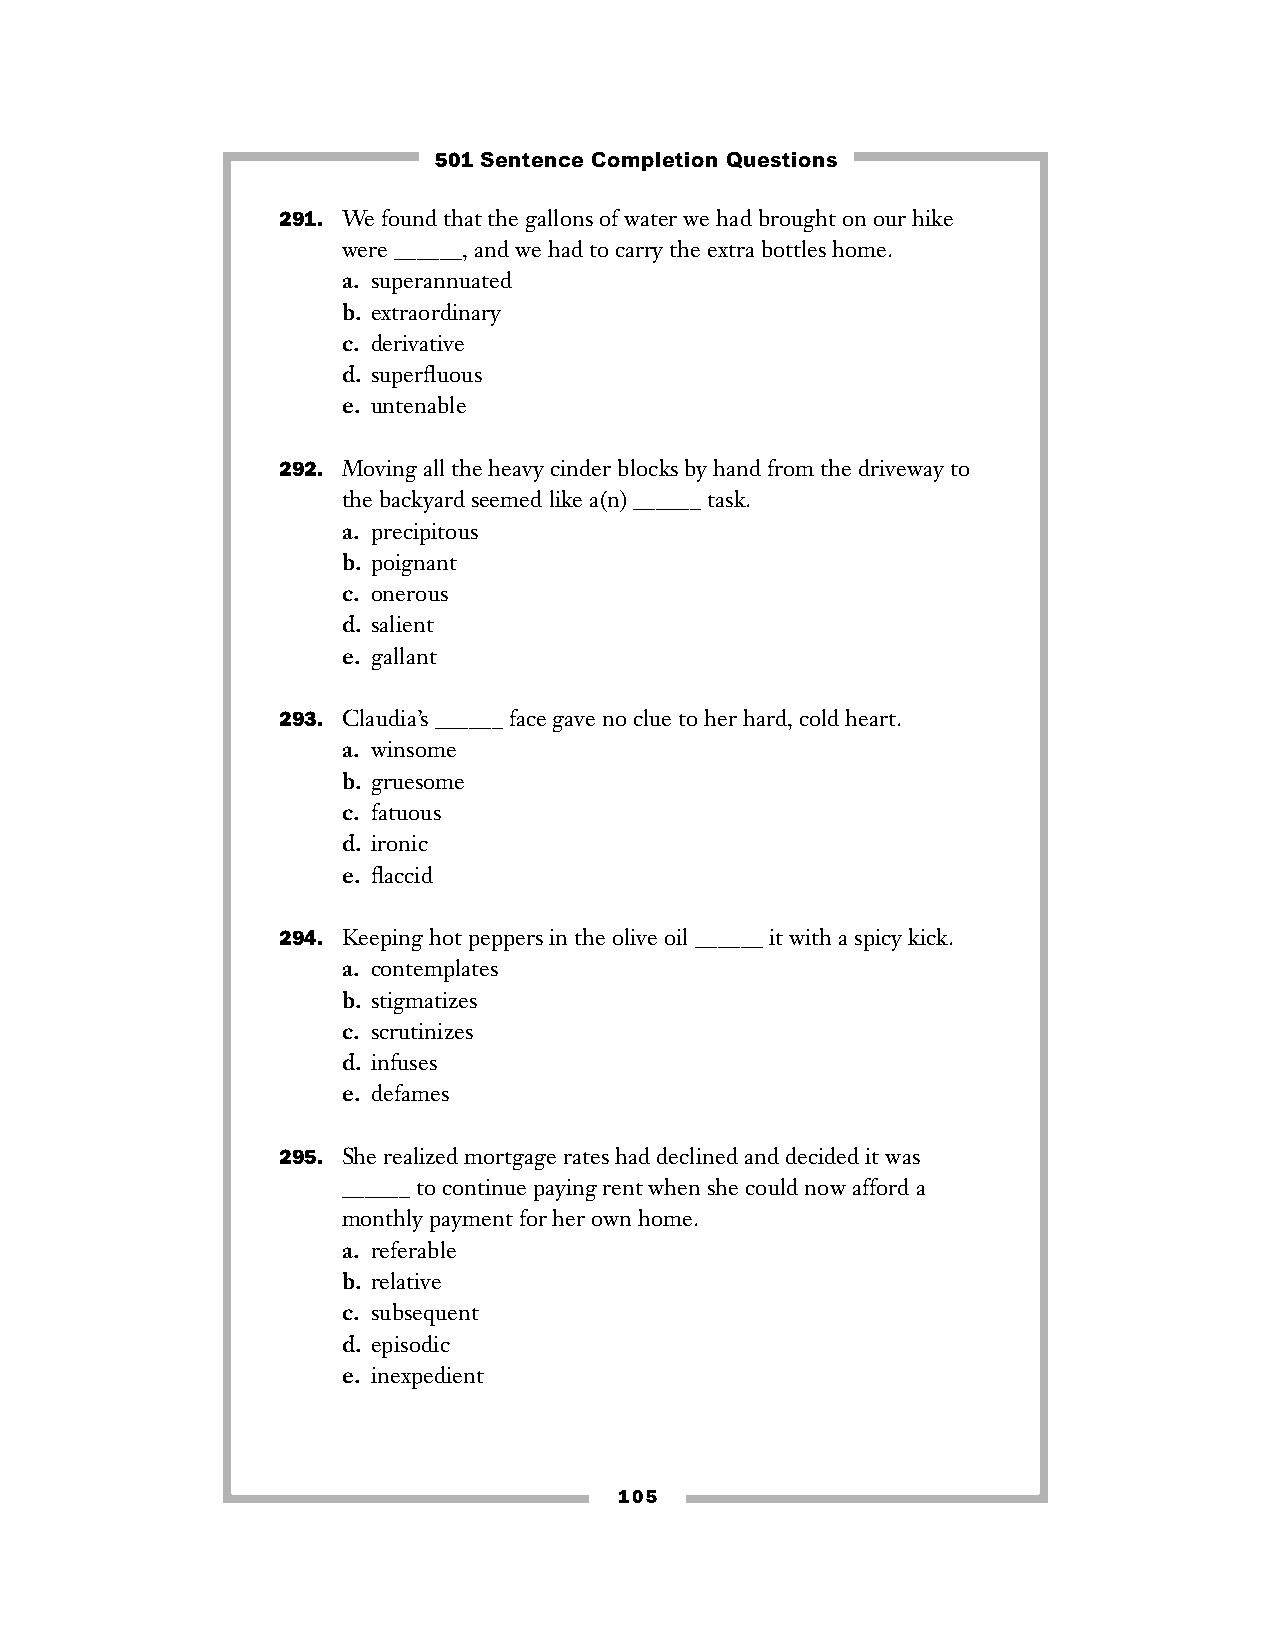
501 Sentence Completion Questions
 291. We found that the gallons of water we had brought on our hike
 were ______, and we had to carry the extra bottles home.
 a. superannuated
 b. extraordinary
 c. derivative
 d. superfluous
 e. untenable
 292. Moving all the heavy cinder blocks by hand from the driveway to
 the backyard seemed like a(n) ______ task.
 a. precipitous
 b. poignant
 c. onerous
 d. salient
 e. gallant
 293. Claudia’s ______ face gave no clue to her hard, cold heart.
 a. winsome
 b. gruesome
 c. fatuous
 d. ironic
 e. flaccid
 294. Keeping hot peppers in the olive oil ______ it with a spicy kick.
 a. contemplates
 b. stigmatizes
 c. scrutinizes
 d. infuses
 e. defames
 295. She realized mortgage rates had declined and decided it was
 ______ to continue paying rent when she could now afford a
 monthly payment for her own home.
 a. referable
 b. relative
 c. subsequent
 d. episodic
 e. inexpedient
 105